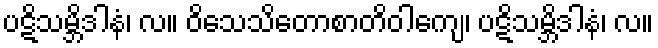
ပဋိသမ္ဘိဒါနံ၊ လ။ ဝိသေသိတောစာတိဝါကျေ၊ ပဋိသမ္ဘိဒါနံ၊ လ။